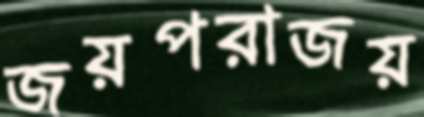
জয়পরাজয়